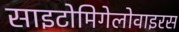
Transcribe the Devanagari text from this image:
साइटोमिगेलोवाइरस